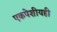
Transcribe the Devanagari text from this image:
एकपेशीयही